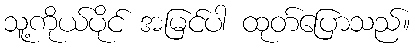
သူ့ကိုယ်ပိုင် အမြင်ပါ ထုတ်ပြောသည်။